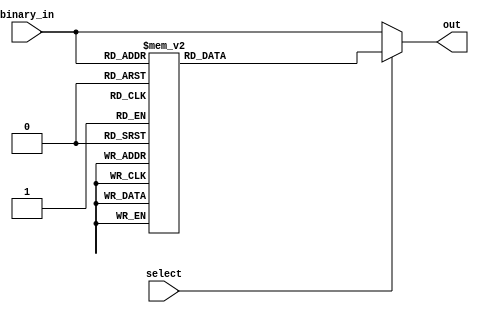
module gray_encoder (
  input [2:0] binary_in,
  input select,
  output reg [2:0] out
);
  always @* begin
    if (select == 0) begin
      out = binary_in;
    end else begin
      case (binary_in)
        3'b000: out = 3'b000;
        3'b001: out = 3'b001;
        3'b010: out = 3'b011;
        3'b011: out = 3'b010;
        3'b100: out = 3'b110;
        3'b101: out = 3'b111;
        3'b110: out = 3'b101;
        3'b111: out = 3'b100;
      endcase
    end
  end
endmodule